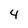
Character: 4